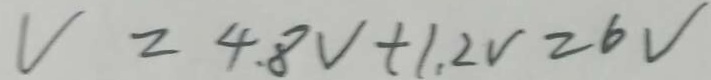
V = 4 . 8 V + 1 . 2 V = 6 V